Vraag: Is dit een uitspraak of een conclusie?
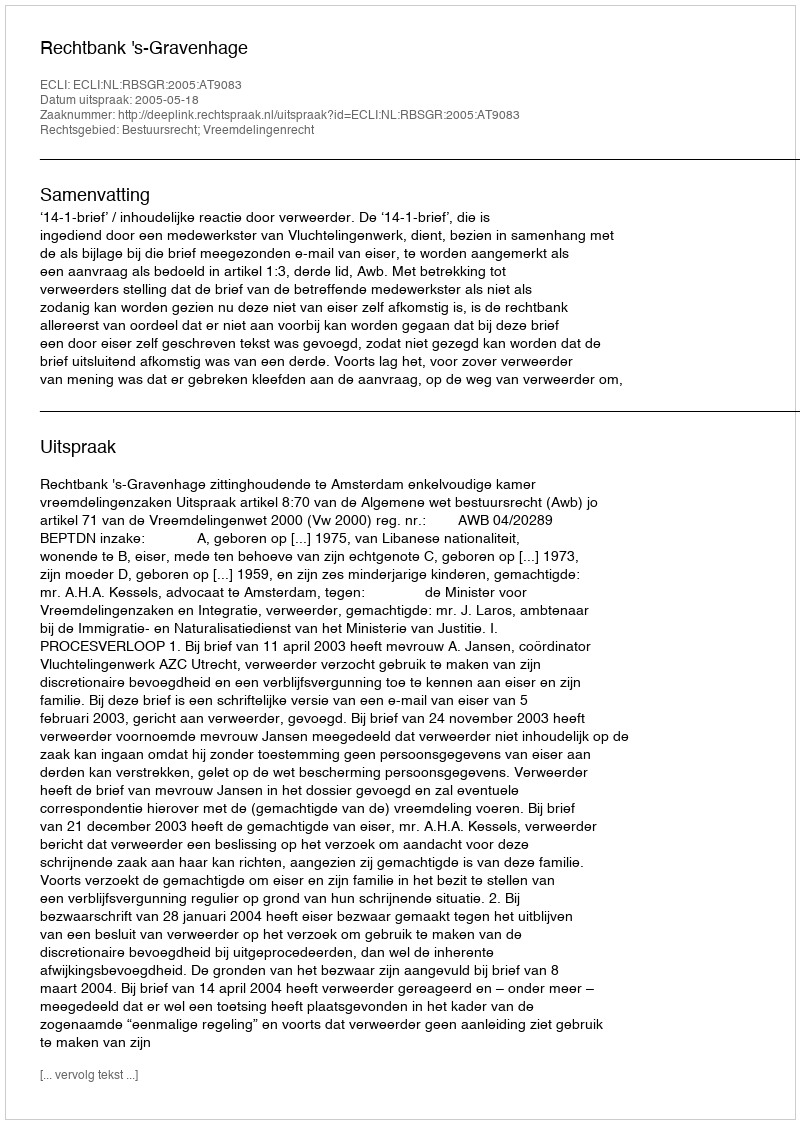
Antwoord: Uitspraak